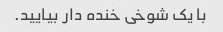
با یک شوخی خنده دار بیایید.